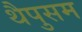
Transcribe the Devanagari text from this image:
थैपुसम